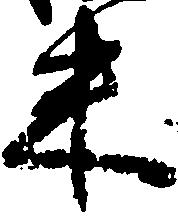
米